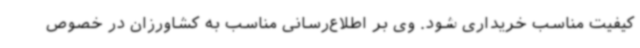
کیفیت مناسب خریداری شود. وی بر اطلاع‌رسانی مناسب به کشاورزان در خصوص